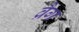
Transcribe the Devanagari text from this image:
व्रैग